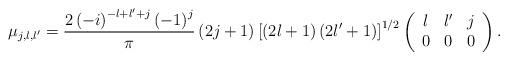
LaTeX: \begin{align*}\mu_{j,l,l^{\prime}}=\frac{2\left( -i\right) ^{-l+l^{\prime}+j}\left(-1\right) ^{j}}{\pi}\left( 2j+1\right) \left[ \left( 2l+1\right) \left(2l^{\prime}+1\right) \right] ^{1/2}\left(\begin{array}[c]{ccc}l & l^{\prime} & j\\0 & 0 & 0\end{array}\right) .\end{align*}